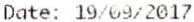
DATE: 19/09/2017